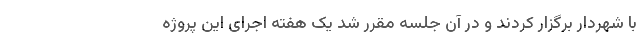
با شهردار برگزار کردند و در آن جلسه مقرر شد یک هفته اجرای این پروژه